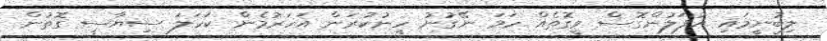
ލިބުނީމައި އުފަލުންގޮސް ވީގޮތެއް ހަމަ ނޭގުނު ހީނުކުރަން އަހަރުމެން ކަހަލަ ސިޔާސީ ގޮތުން